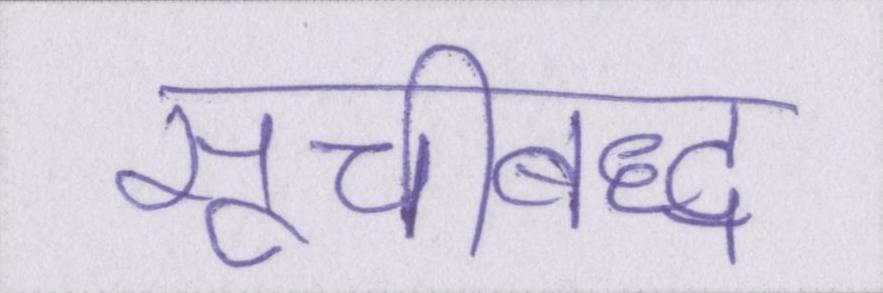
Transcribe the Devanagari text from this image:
सूचीबद्ध